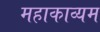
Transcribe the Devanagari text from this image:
महाकाव्यम